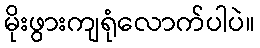
မိုးဖွားကျရုံလောက်ပါပဲ။